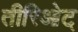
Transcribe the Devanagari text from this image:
तीरिओट्